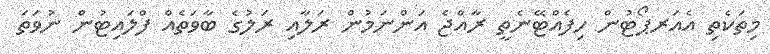
މިތަކެތި އެއަރޕޯޓުން ހިފެއްޓޭނެތީ ރާއްޖެ އަންނަމުން ރަލާއި ރަލުގެ ބާވަތެއް ފްލައިޓުން ނުވަތަ